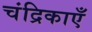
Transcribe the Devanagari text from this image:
चंद्रिकाएँ